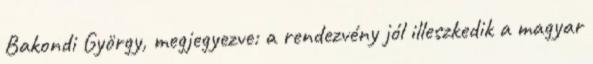
Bakondi György, megjegyezve: a rendezvény jól illeszkedik a magyar